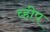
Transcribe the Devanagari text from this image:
व्हीप